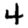
Digit: 4